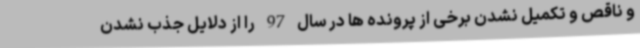
و ناقص و تکمیل نشدن برخی از پرونده ها در سال 97 را از دلایل جذب نشدن